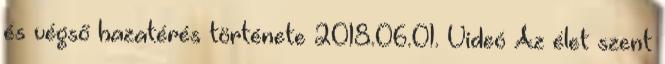
és végső hazatérés története 2018.06.01. Videó Az élet szent